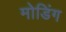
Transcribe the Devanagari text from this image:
मोडिंग